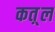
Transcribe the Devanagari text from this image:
कत़्ल